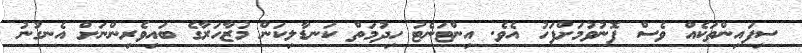
ސިފައިންތަކެއް ވެސް ފޮނުވުމަށްފަހު އެވެ. އިންޓަނެޓު ހިދުމަތް ކަނޑާލިކަން މުޒާހަރާގެ ބައިވެރިންނަށް އެނގުނު